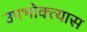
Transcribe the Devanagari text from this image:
उपभोक्त्यास